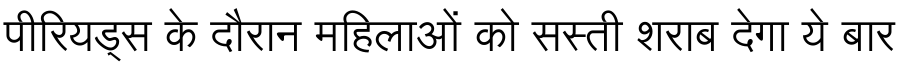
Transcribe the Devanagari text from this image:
पीरियड्स के दौरान महिलाओं को सस्ती शराब देगा ये बार